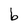
Character: b